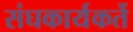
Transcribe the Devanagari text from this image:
संघकार्यकर्ते